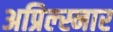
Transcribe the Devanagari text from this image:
अप्रिल्स्नार